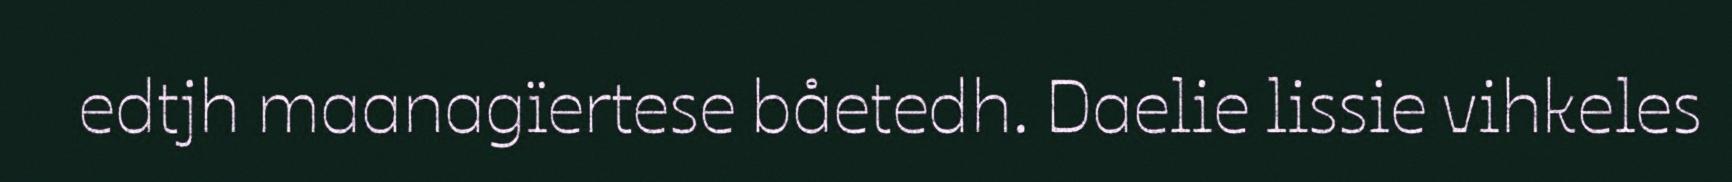
edtjh maanagïertese båetedh. Daelie lissie vihkeles